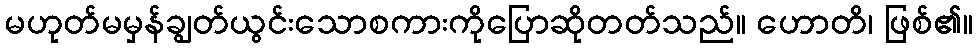
မဟုတ်မမှန်ချွတ်ယွင်းသောစကားကိုပြောဆိုတတ်သည်။ ဟောတိ၊ ဖြစ်၏။